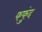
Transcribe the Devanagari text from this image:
फफुंद